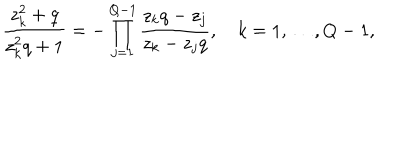
\frac { z _ { k } ^ { 2 } + q } { z _ { k } ^ { 2 } q + 1 } = - \prod _ { j = 1 } ^ { Q - 1 } \frac { z _ { k } q - z _ { j } } { z _ { k } - z _ { j } q } , k = 1 , \ldots , Q - 1 ,